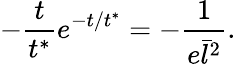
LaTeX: -\frac{t}{t^{*}}e^{-t/t^{*}}=-\frac{1}{e\bar{l}^{2}}.